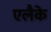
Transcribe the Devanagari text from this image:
एलैके